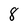
Character: 8